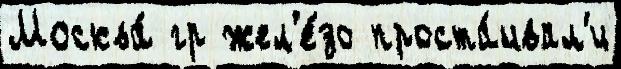
Москва́ гр жел'е́зо проста́ивал'и